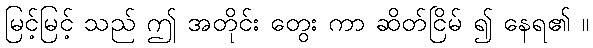
မြင့်မြင့် သည် ဤ အတိုင်း တွေး ကာ ဆိတ်ငြိမ် ၍ နေရ၏ ။